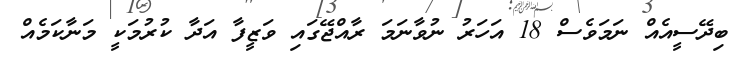
ބިދޭސީއެއް ނަމަވެސް 18 އަހަރު ނުވާނަމަ ރާއްޖޭގައި ވަޒީފާ އަދާ ކުރުމަކީ މަނާކަމެއް